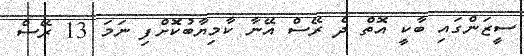
ސީޒަންގައި ބާކީ އޮތް ދެ ރޭސް އޭނާ ކާމިޔާބުކޮށްފި ނަމަ 13 ރޭސް